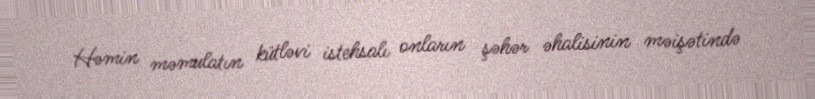
Həmin məmulatın kütləvi istehsalı onların şəhər əhalisinin məişətində